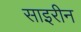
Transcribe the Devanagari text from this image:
साइरीन